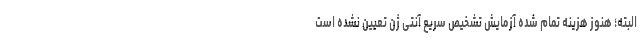
البته؛ هنوز هزینه تمام شده آزمایش تشخیص سریع آنتی ژن تعیین نشده است